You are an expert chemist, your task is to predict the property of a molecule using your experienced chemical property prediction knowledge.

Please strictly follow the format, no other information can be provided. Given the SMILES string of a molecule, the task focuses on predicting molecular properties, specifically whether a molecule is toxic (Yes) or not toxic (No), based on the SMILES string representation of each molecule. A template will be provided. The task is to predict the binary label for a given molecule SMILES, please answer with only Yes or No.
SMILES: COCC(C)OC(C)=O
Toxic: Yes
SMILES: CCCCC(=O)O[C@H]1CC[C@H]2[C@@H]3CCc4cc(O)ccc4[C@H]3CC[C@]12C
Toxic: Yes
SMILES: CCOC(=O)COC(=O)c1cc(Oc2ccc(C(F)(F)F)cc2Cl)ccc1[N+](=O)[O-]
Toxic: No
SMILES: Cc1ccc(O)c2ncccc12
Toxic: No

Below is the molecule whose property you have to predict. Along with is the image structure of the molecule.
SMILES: C=CC(=O)NC(C)C
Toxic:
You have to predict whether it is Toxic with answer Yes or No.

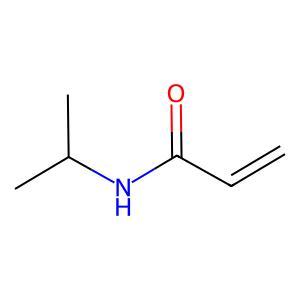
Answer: No